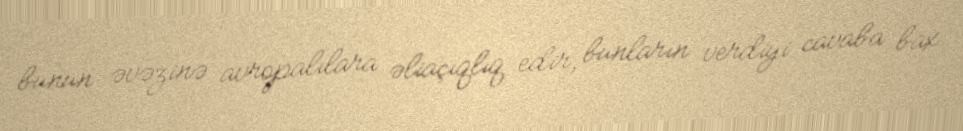
bunun əvəzinə avropalılara əliaçıqlıq edir, bunların verdiyi cavaba bax.